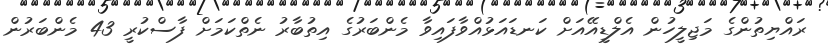
ރައްޔިތުންގެ މަޖިލީހުން އެލްޑީއޭއަށް ކަނޑައަޅުއްވާފައިވާ މެންބަރުގެ އިތުބާރު ނެތްކަމަށް ފާސްކުރީ 43 މެންބަރުން